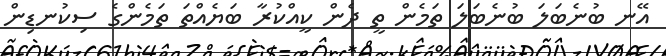
އޭނ ބުނެބަލަ ބުނެބަލަ ތަމެން ތީ ދެން ކީއްކުރާ ބަޔެއްތަ ތަމެންގެ ސިކުނޑިން